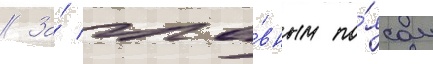
// За́ гла́вным по́ясом